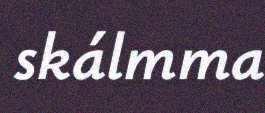
skálmma